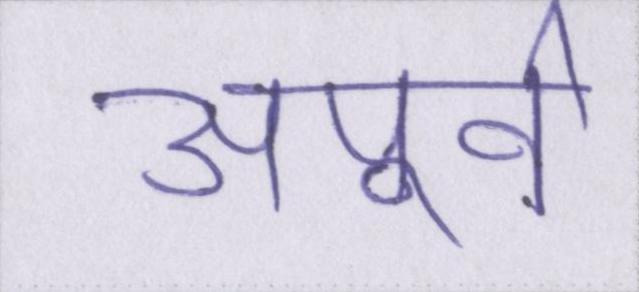
अपूर्व